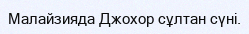
Малайзияда Джохор сұлтан сүні.